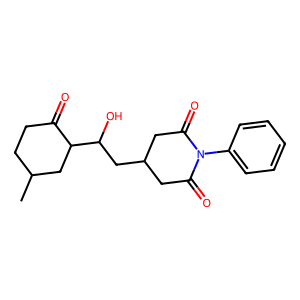
SMILES: CC1CCC(=O)C(C(O)CC2CC(=O)N(c3ccccc3)C(=O)C2)C1
Inhibits HIV replication: No